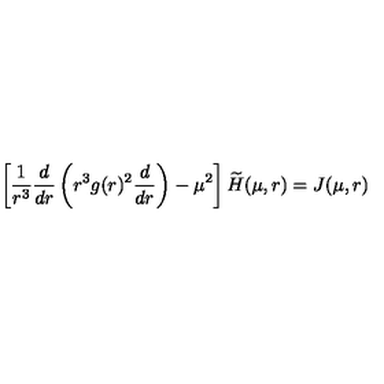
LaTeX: \left[ \frac { 1 } { r ^ { 3 } } \frac { d } { d r } \left( r ^ { 3 } g ( r ) ^ { 2 } \frac { d } { d r } \right) - \mu ^ { 2 } \right] \widetilde { H } ( \mu , r ) = J ( \mu , r )